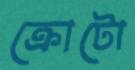
ক্রোটো